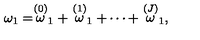
\omega _ { 1 } = \stackrel { \left( 0 \right) } { \omega } _ { 1 } + \stackrel { \left( 1 \right) } { \omega } _ { 1 } + \cdots + \stackrel { \left( J \right) } { \omega } _ { 1 } ,